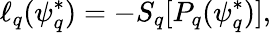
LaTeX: \ell_{q}(\psi_{q}^{*})=-S_{q}[P_{q}(\psi_{q}^{*})],